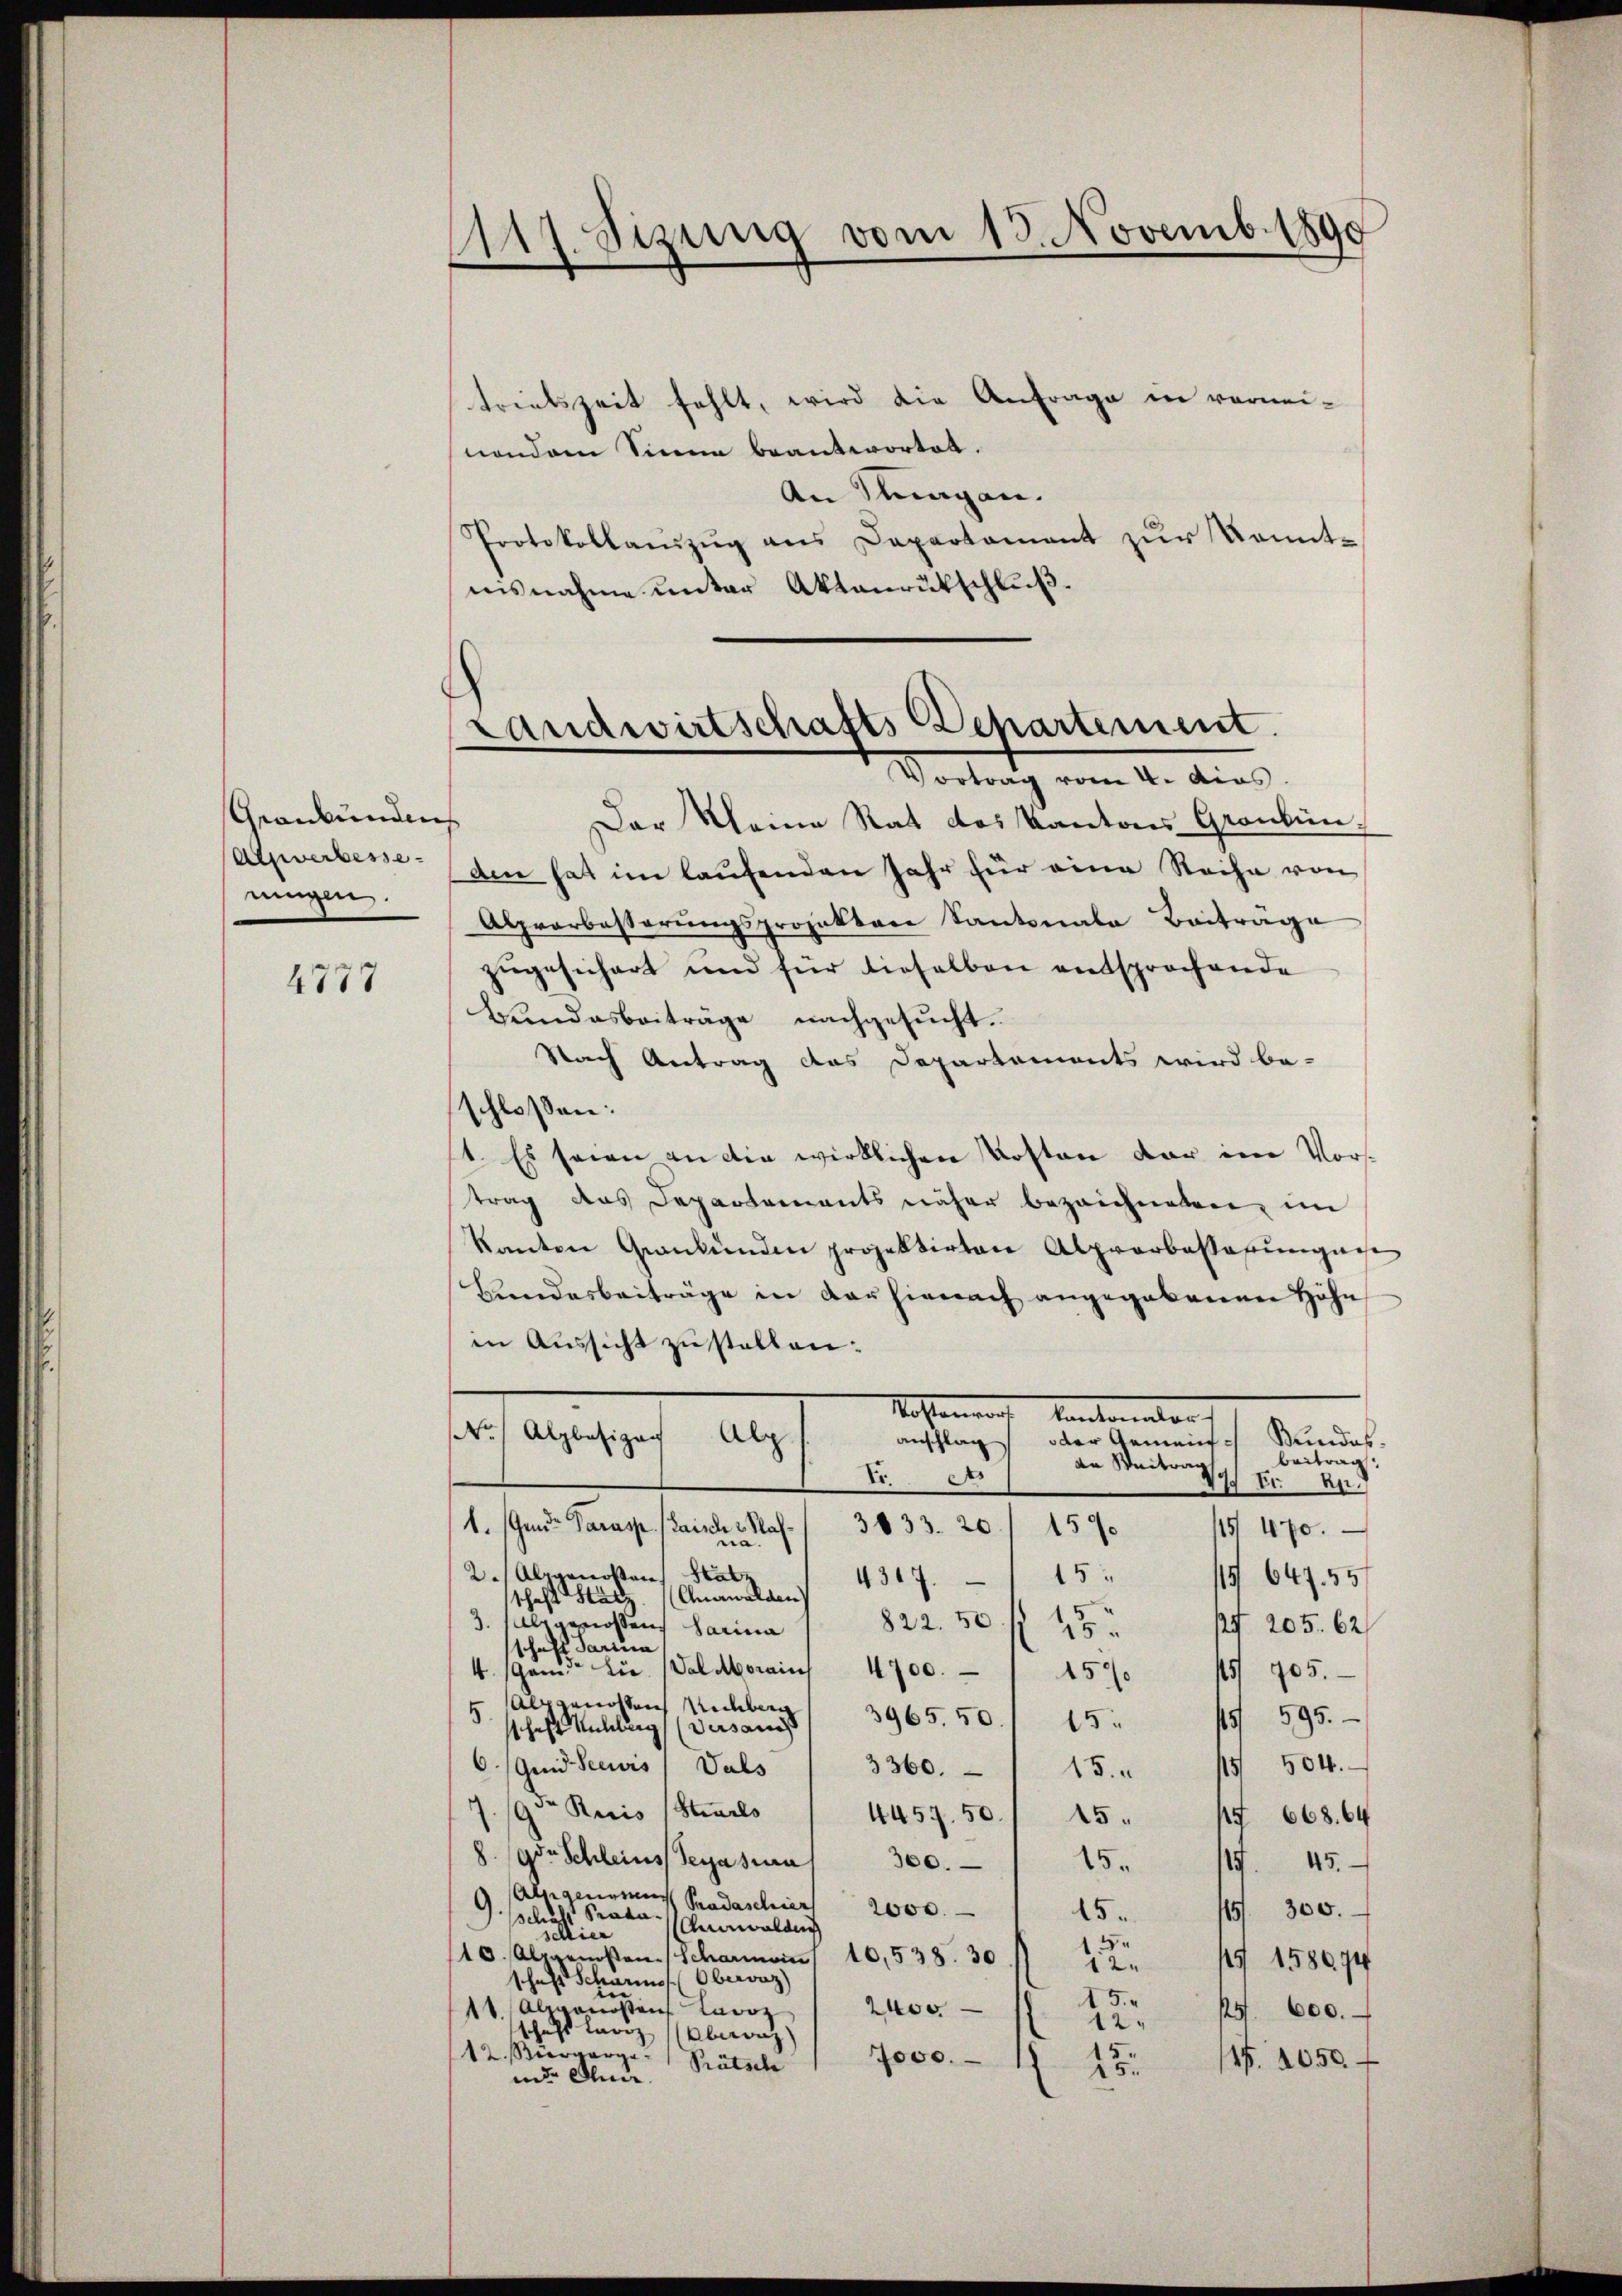
Geankundeis
Alzwerbesse
ningen.

4777

Eis. Sizung vom 13. Novemb. 1890

trielszeit fehlt, wird die Anfrage in vermeinondem Sinne beantwortet.
An Klagen.
Protokollanzŭg ans Departament zŭr Komit-
isnahme unter Aktenrutschluß¬

Landwirtschafts Departement.
Vortrag vom 4. dies

Der Meine Rat des Kantons Graubünden hat im laufenden Jahr für eine Reihe von
Abprarbesserŭngsprojektere Kantonale Beitrage
zŭgesichert und für dieselben entsprochende
Bundesbeiträge nachgesucht.
Nach Antrag das Departements wird be-
schlossen:
1. Es seien an die wirklichen Kosten dar im Vorstrag das Departements näher bezeichneten, im
kanton Graubünden projektirten Alprarbassafŭngen
Bundesbeiträge in der hienach angegebenen Höhe
in Aussicht zu stellen:
Kostenant Kantonalen
No / Alpbesizan
Alp
anschlag oder Gemein¬
Bundes.
beitrag.
an Weitrag
Fr.
17 Er. pr.
1. Grunde Parasp. (Laischer Haf / 3033. 20. 1570
115. 470.
na.
2.Alpgenossen Hatz
15 647. 55
4317. 115.
schaft Satz. (Anawalden
3. abgenossen darina
822. 50 f 48 x
p 205. 62
schaft darina
d
4. Genie sie
Val Morains 1700. / 457. 145/ 705.
Abgenossen Nachberg
5
3965. 50. / 15 " 15/ 595.
sthaft Nachlag dersamst
6/Gud Seewis
Vals
3360. 15. " 15 504.
7. 19ten Resis (Stares 1 4457. 50. / 45. 17 668. 64
8. 90 Schleins Seyascara
17.
300.
15.
45.
Alsgenomes Pradaschier          2000.
115. 300.
G. schlichs Prada-
15
Annwalden
ie
5
10. Alpgenstan
Scharmon
10,538. 30
145/ 158674
en
schaft Scharis Obervaz)
in
15.
11. Alpgenosten Lavoz   2400
144600. –
12.
schaft Laviz Aberg
15.
7000.
12. Bürgerge- " Prätsch
1
17. 2050.
15.
und Ann